Report of the Municipal Commissioner on the plague in Bombay for the year ending 31st May... - Volume 2
Disease focus: Plague
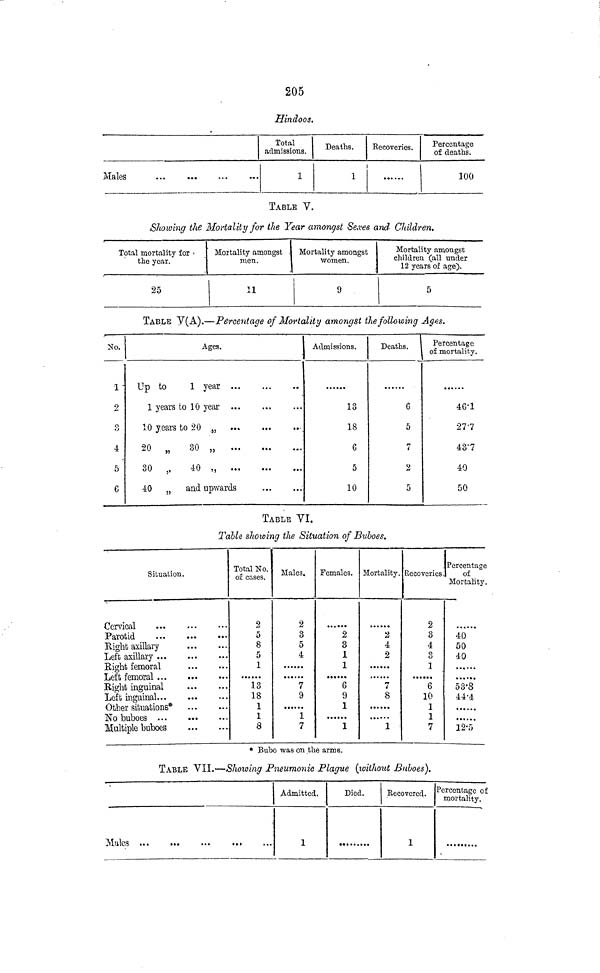
205
Hindoos.
Males
Total
admissions.
1
Deaths.
1
Kecovcries.
Percentage
of deaths.
100
TABLE V.
Showing tJie Mortality for the Year amongst Sexes and Children.
Total mortality for •
the year.
25
Mortality amongst ,
men.
11
Mortality amongst
women.
9
Mortality amongst
children (all tinder
12 years of age).
5
TABLE Y(A).—Percentage of Mortality amongst the following Ages.
No.
1-
2
()
4
5
6
Up
1
10
20
30
40
Ages.
to
1 year
years to 10 year
years to 20 „
„
3° »
„
40 „
„ and upwards
Admissions.
13
18
6
5
10
Deaths.
6
5
7
2
5
Percentage
of mortality.
46'1
277
43'7
40
50
TABLE VI.
Table showing the Situation of Buboes.
Situation.
Parotid
Eight axillary
Left axillary
Eight inguinal
Left inguinal
Ofhar cifrnahionR*
...
Multiple buboes
Total No.
of cases.
2
5
8
5
1
13
18
1
1
8
Males.
2
3
5
4
7
9
1
7
Females.
2
3
1
1
6
9 ,
1
1
Mortality.
a
4
2
7
8
1
Recoveries
2
3
4
3
i
6
10
1
1
7
Percentage
of
Mortality.
40
50
40
53'8
44-4
12-r,
* Bubo was on the arms.
TABLE VII.—Showing Pneumonic Plague (loithout Buboes}.
Mules
..>
Admitted.
1
Died.
Recovered.
1
Percentage of
mortality.